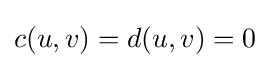
c(u,v)=d(u,v)=0